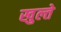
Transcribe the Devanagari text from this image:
खुल्ते